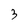
Character: 3